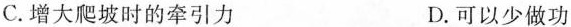
C.增大爬坡时的牵引力 D.可以少做功